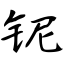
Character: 铌